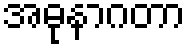
အဓုနာဂတာ